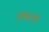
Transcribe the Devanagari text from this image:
इन्स्टारों